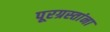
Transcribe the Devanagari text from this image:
पूरग्रस्‍तांना